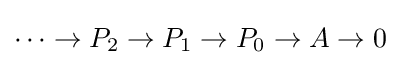
\cdots \rightarrow P_{2}\rightarrow P_{1}\rightarrow P_{0}\rightarrow A\rightarrow 0